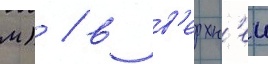
м) / в в'ерхн'еи